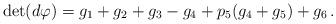
LaTeX: \begin{align*} \det(d\varphi)=g_1+g_2+g_3-g_4+p_5(g_4+g_5)+g_6\,.\end{align*}